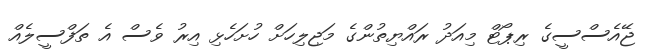
ޖޭއެސްސީގެ ރިޕޯޓް މިއަދު ރައްޔިތުންގެ މަޖިލިހަށް ހުށަހެޅި އިރު ވެސް އެ ތަފްސީލެއް